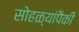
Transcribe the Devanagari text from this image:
सोहळ्यांपैकी